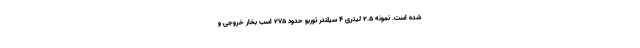
شده است. نمونه 2.5 لیتری 4 سیلندر توربو حدود 275 اسب بخار خروجی و